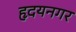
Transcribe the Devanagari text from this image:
हृदयनगर